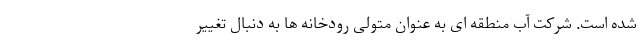
شده است. شرکت آب منطقه ای به عنوان متولی رودخانه ها به دنبال تغییر